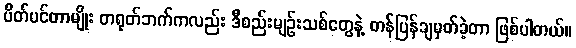
ပိတ်ပင်တာမျိုး တရုတ်ဘက်ကလည်း ဒီစည်းမျဉ်းသစ်တွေနဲ့ တန်ပြန်ချမှတ်ခဲ့တာ ဖြစ်ပါတယ်။